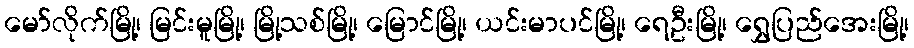
မော်လိုက်မြို့၊ မြင်းမူမြို့၊ မြို့သစ်မြို့၊ မြောင်မြို့၊ ယင်းမာပင်မြို့၊ ရေဦးမြို့၊ ရွှေပြည်အေးမြို့၊